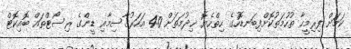
ކަމަށް ފިރިމީހާ ތުހުމަތުކޮށްފިބަނޑޮހުގެ ހިތްހެޔޮ ޚިދުމަތަށް 40 އަހަރުގާސިމާއި ޑީންގެ ރިސޯޓްތައް ބޮއިކޮޓް